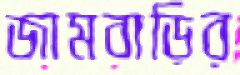
জামবাড়ির